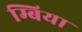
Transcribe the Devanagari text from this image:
म्बिया